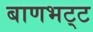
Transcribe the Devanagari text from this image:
बाणभट्‌ट